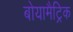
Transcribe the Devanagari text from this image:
बोयामैट्रिक